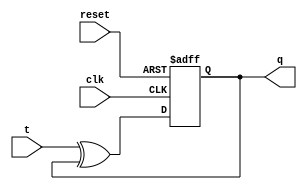
module t_flip_flop (
    input wire clk,
    input wire reset,
    input wire t,
    output reg q
);

reg d;

assign d = t ^ q; // XOR gate for T input and Q output

always @ (posedge clk or posedge reset) begin
    if (reset)
        q <= 1'b0;
    else
        q <= d;
end

endmodule